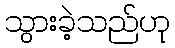
သွားခဲ့သည်ဟု